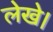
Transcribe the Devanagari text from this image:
लेखे।